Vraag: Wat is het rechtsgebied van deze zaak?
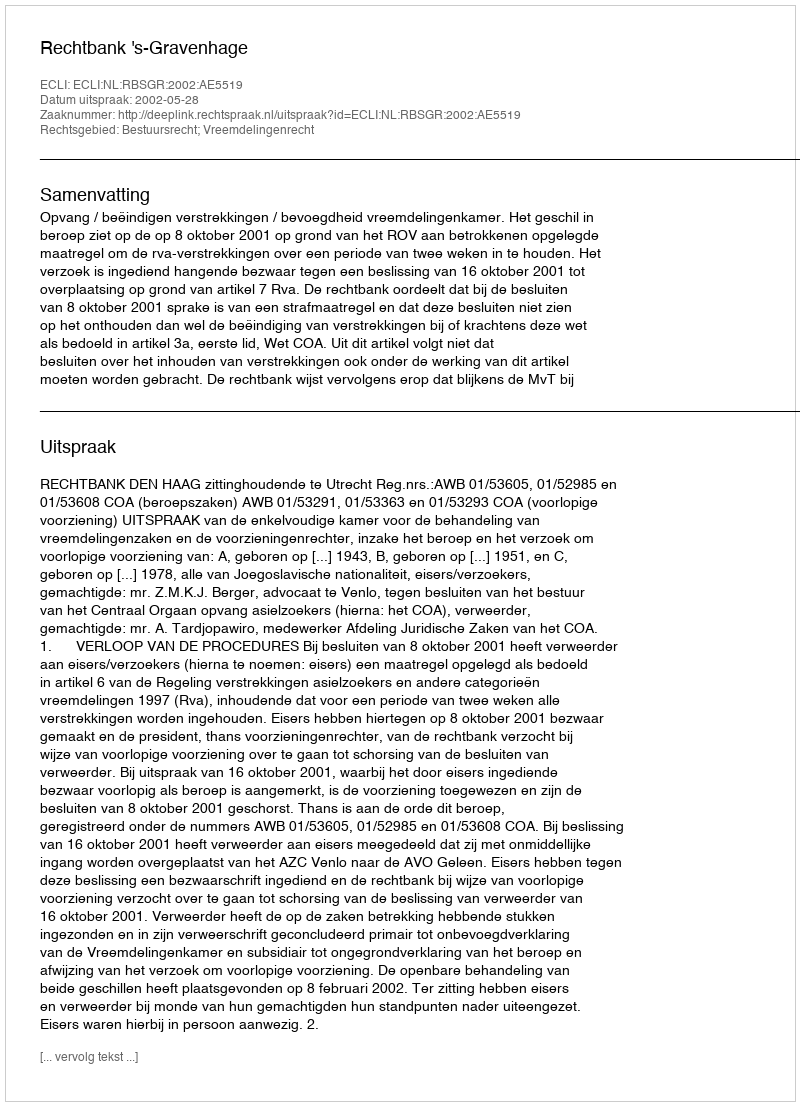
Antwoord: Bestuursrecht; Vreemdelingenrecht